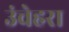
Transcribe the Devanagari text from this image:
उंचेहरा